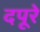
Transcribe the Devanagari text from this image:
दपूरे